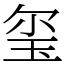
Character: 玺